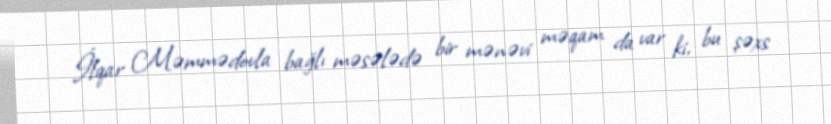
İlqar Məmmədovla bağlı məsələdə bir mənəvi məqam da var ki, bu şəxs